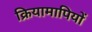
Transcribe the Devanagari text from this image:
क्रियामापियों